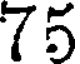
75